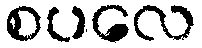
စပလေ